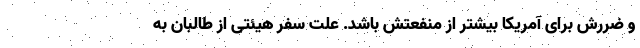
و ضررش برای آمریکا بیشتر از منفعتش باشد. علت سفر هیئتی از طالبان به